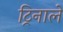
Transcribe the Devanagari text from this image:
ट्रिनाले